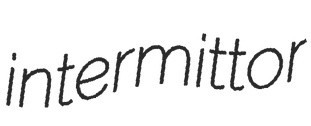
intermittor